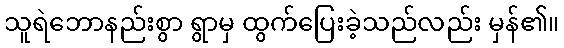
သူရဲဘောနည်းစွာ ရွာမှ ထွက်ပြေးခဲ့သည်လည်း မှန်၏။